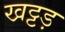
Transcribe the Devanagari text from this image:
खट्टड़